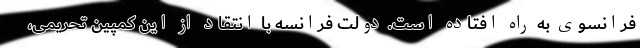
فرانسوی به راه افتاده است. دولت فرانسه با انتقاد از این کمپین تحریمی،